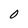
Character: 0